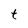
Character: t